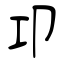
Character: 卭